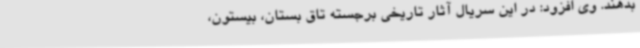
بدهند. وی افزود: در این سریال آثار تاریخی برجسته تاق بستان، بیستون،